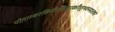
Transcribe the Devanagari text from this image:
पीताम्बरकिरीटकेयूरकौस्तुभवनमालाधरं